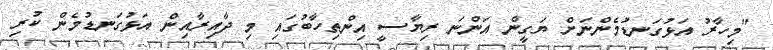
"މިހާރު އަޅުގަނޑުމެންނަށް ޔަގީން އަންނަ ރިޔާސީ އިންތިހާބުގައި މި ދާއިރާއިން އަޅުގަނޑުމެން ކުރި